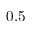
0 . 5